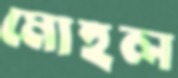
মোহল